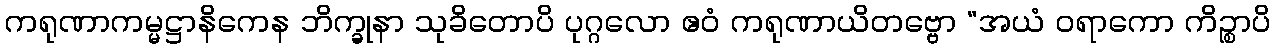
ကရုဏာကမ္မဋ္ဌာနိကေန ဘိက္ခုနာ သုခိတောပိ ပုဂ္ဂလော ဧဝံ ကရုဏာယိတဗ္ဗော “အယံ ဝရာကော ကိဉ္စာပိ